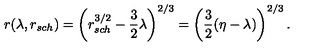
r ( \lambda , r _ { s c h } ) = \left( r _ { s c h } ^ { 3 / 2 } - { \frac { 3 } { 2 } } \lambda \right) ^ { 2 / 3 } = \left( { \frac { 3 } { 2 } } ( \eta - \lambda ) \right) ^ { 2 / 3 } .